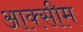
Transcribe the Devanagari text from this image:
आक्सीम